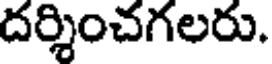
దర్శించగలరు.